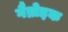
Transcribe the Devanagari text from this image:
गैब्रोइक